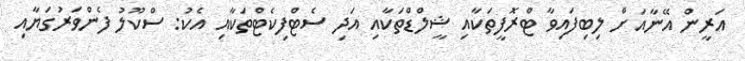
އަރީން އޭނާއަށް ލިބިފައިވާ ޓްރޮފީތަކާއި ޝީލްޑްތަކާއި އަދި ސެޓްފިކެޓްތަކާއި އެކު: ސްކޫލު ފެންވަރުގަޔާއި